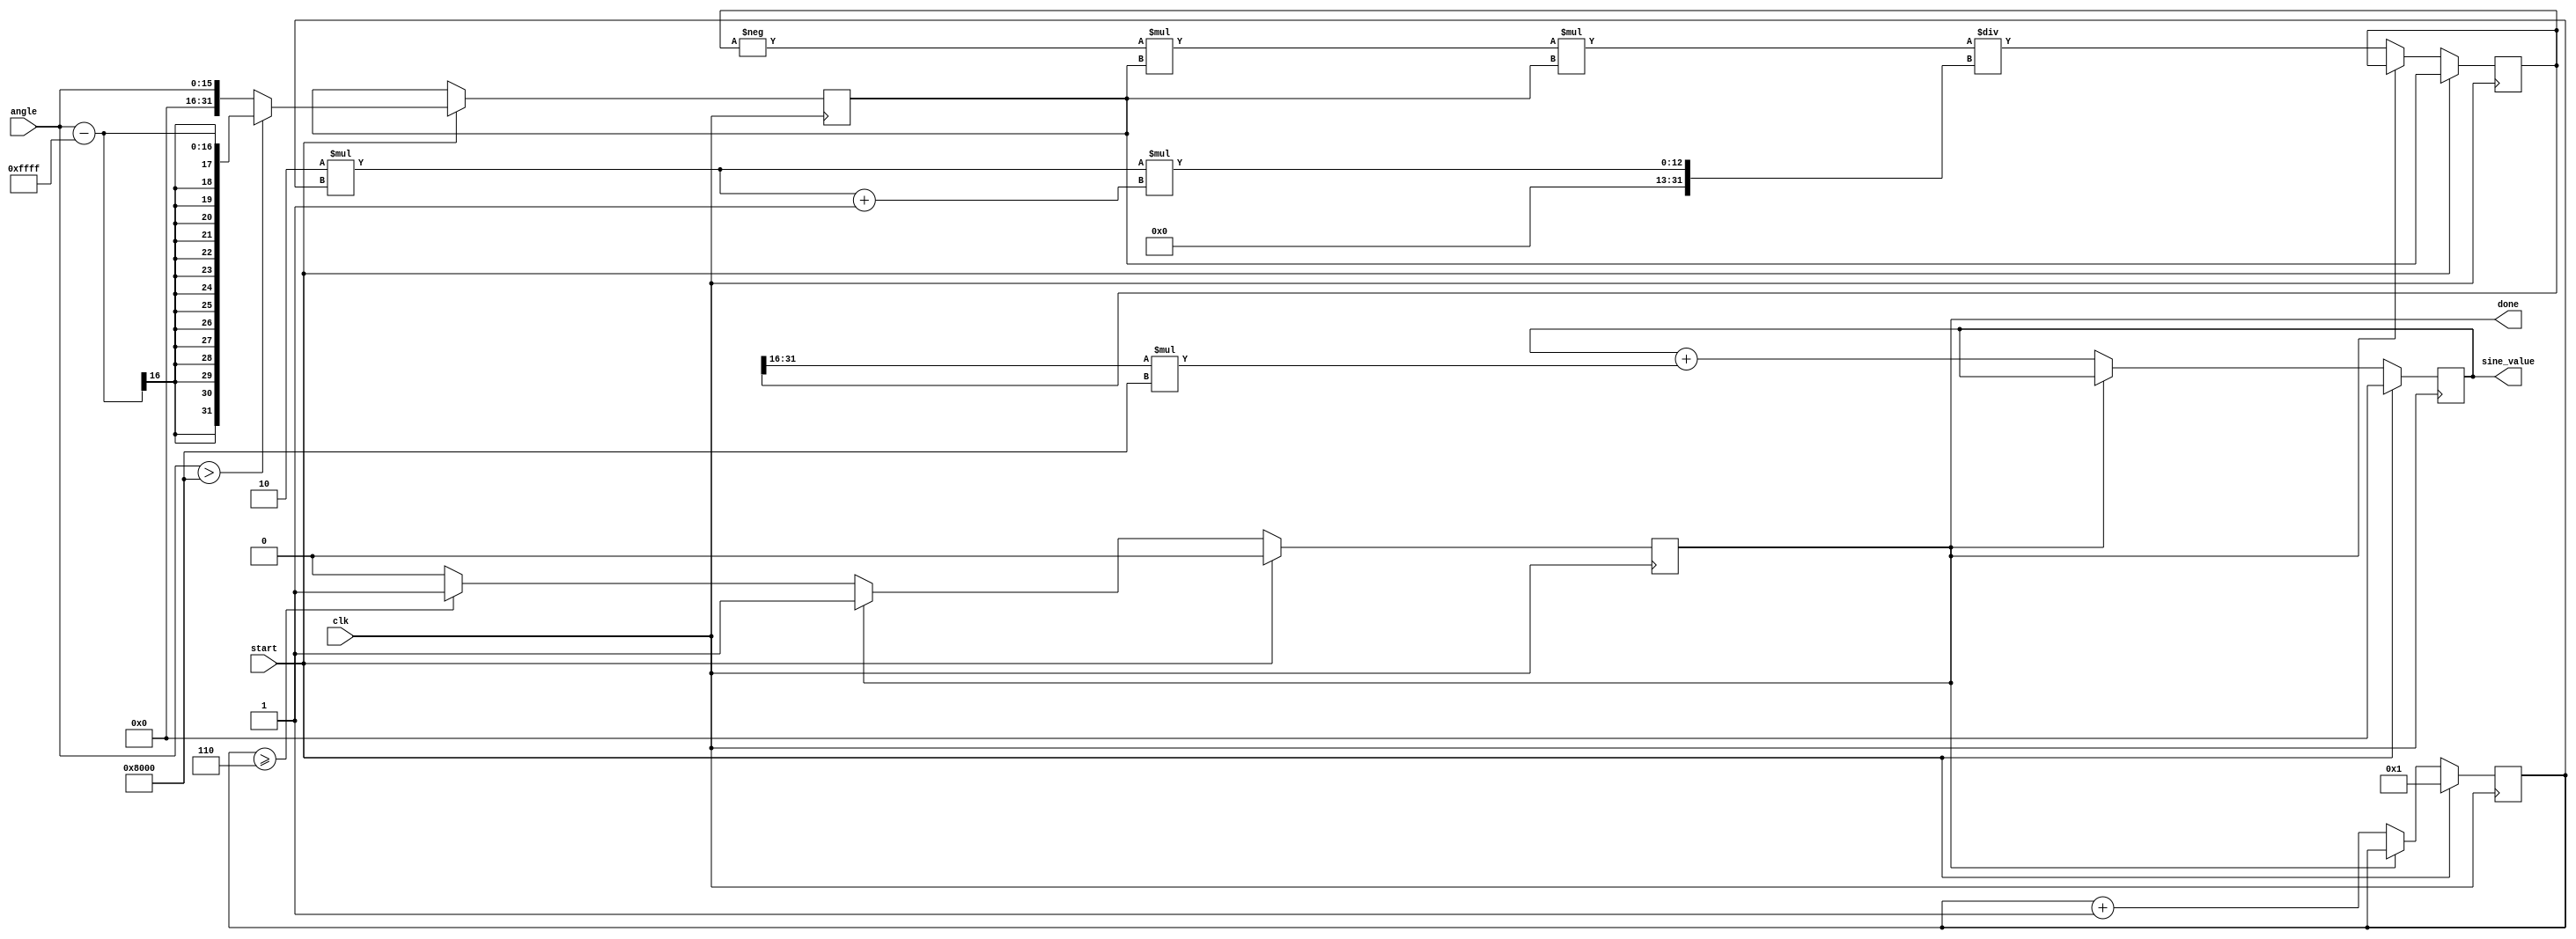
module sine_calculator (
    input wire [15:0] angle,      // Fixed-point input angle in radians (16-bit)
    output reg [15:0] sine_value,  // Fixed-point output sine value (16-bit)
    input wire clk,
    input wire start,
    output reg done
);

    reg [31:0] x;                 // Extended precision for calculations
    reg [31:0] term;              // Current term in the Taylor series
    reg [31:0] factorial;         // Factorial for the current term
    reg [3:0] n;                  // Term index (0, 1, 2, ...)
    
    // Constants for fixed-point representation
    localparam FIXED_POINT_SCALE = 16'h8000; // 1.0 in fixed-point (16.16)
    
    // Function to calculate the sine using Taylor series
    always @(posedge clk) begin
        if (start) begin
            // Normalize angle to [-pi, pi]
            x <= (angle > 16'h8000) ? (angle - 16'hFFFF) : angle; // Subtract 2*pi if necessary
            sine_value <= 0;
            term <= x;  // First term is x
            factorial <= 1;
            n <= 1;
            done <= 0;
        end else if (!done) begin
            // Add term to sine_value
            sine_value <= sine_value + (term[31:16] * FIXED_POINT_SCALE);

            // Compute next term: (-1)^n * x^(2n+1) / (2n+1)!
            term <= -term * x * x / (2 * n * (2 * n + 1));
            n <= n + 1;

            // Check if we have reached sufficient terms (for example, 6 terms)
            if (n >= 6) begin
                done <= 1;
            end
        end
    end
endmodule